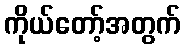
ကိုယ်တော့်အတွက်